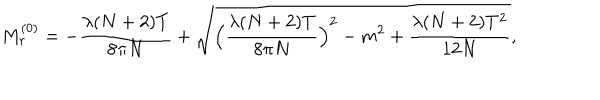
M _ { r } ^ { ( 0 ) } = - \frac { \lambda ( N + 2 ) T } { 8 \pi N } + \sqrt { \Bigl ( \frac { \lambda ( N + 2 ) T } { 8 \pi N } \Bigr ) ^ { 2 } - m ^ { 2 } + \frac { \lambda ( N + 2 ) T ^ { 2 } } { 1 2 N } } ,